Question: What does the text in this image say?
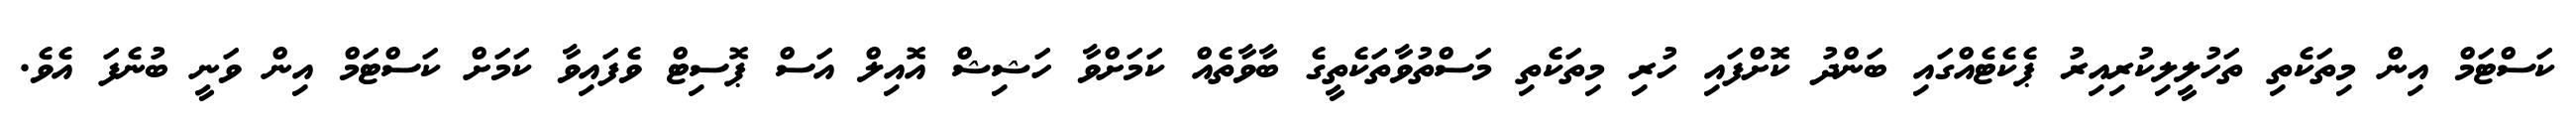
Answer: ކަސްޓަމް އިން މިތަކެތި ތަހުލީލިކުރިއިރު ޕެކެޓެއްގައި ބަންދު ކޮށްފައި ހުރި މިތަކެތި މަސްތުވާތަކެތީގެ ބާވާތެއް ކަމަށްވާ ހަޝިޝް އޮއިލް އަސް ޕޮސިޓް ވެފައިވާ ކަމަށް ކަސްޓަމް އިން ވަނީ ބުނެފަ އެވެ.